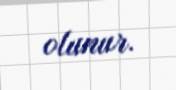
olunur.